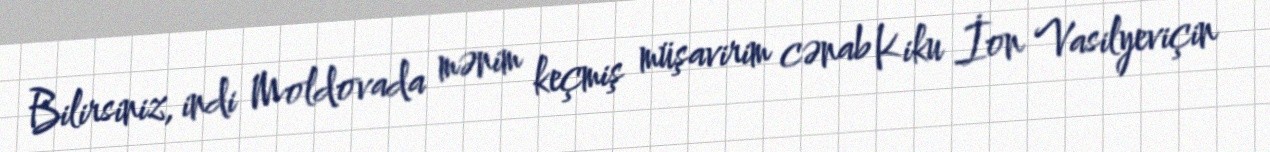
Bilirsiniz, indi Moldovada mənim keçmiş müşavirim cənab Kiku İon Vasilyeviçin